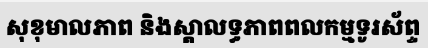
សុខុមាលភាព និងស្តាលទ្ធភាពពលកម្មទូរស័ព្ទ